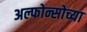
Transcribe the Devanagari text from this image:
अल्फोन्सोच्या